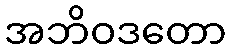
အဘိဝဒတော